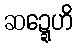
ဆဍ္ဍေဟိ